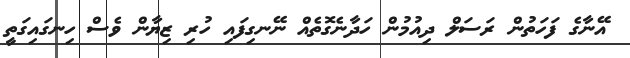
އޭނާގެ ފަހަތުން ރަސަލް ދިއުމުން ހަދާނެގޮތެއް ނޭނގިފައި ހުރި ޒިޔާން ވެސް ހިނގައިގަތީ